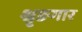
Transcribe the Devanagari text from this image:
श्रृङगार